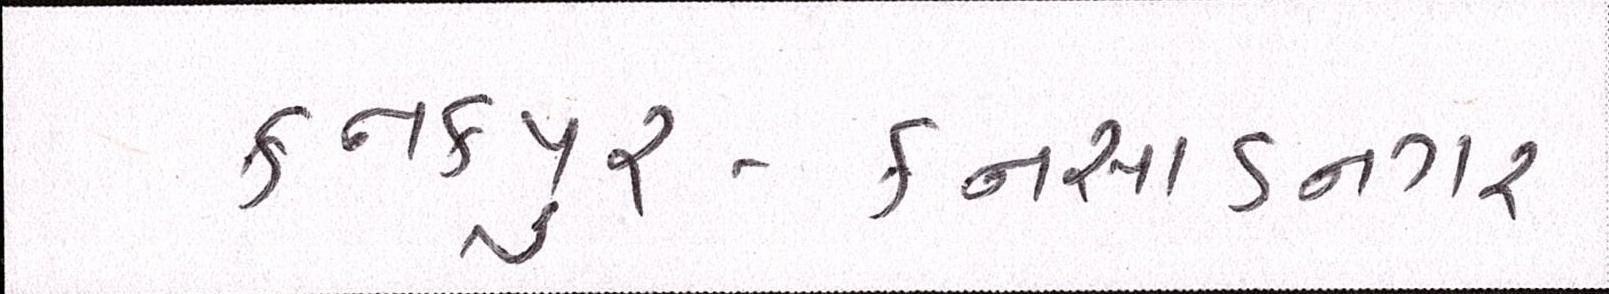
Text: કનકપુર-કનસાડનગર